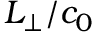
L _ { \perp } / c _ { 0 }